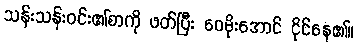
သန်းသန်းဝင်း၏စာကို ဖတ်ပြီး ဝေမိုးအောင် ငိုင်နေ၏။